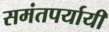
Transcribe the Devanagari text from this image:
समंतपर्यायी